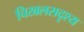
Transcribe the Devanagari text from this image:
चिखलसदृश्य